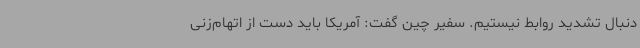
دنبال تشدید روابط نیستیم. سفیر چین گفت: آمریکا باید دست از اتهام‌زنی